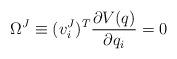
LaTeX: \begin{align*}\Omega^J \equiv (v_i^J)^T \frac{\partial V(q)}{\partial q_i} =0\end{align*}